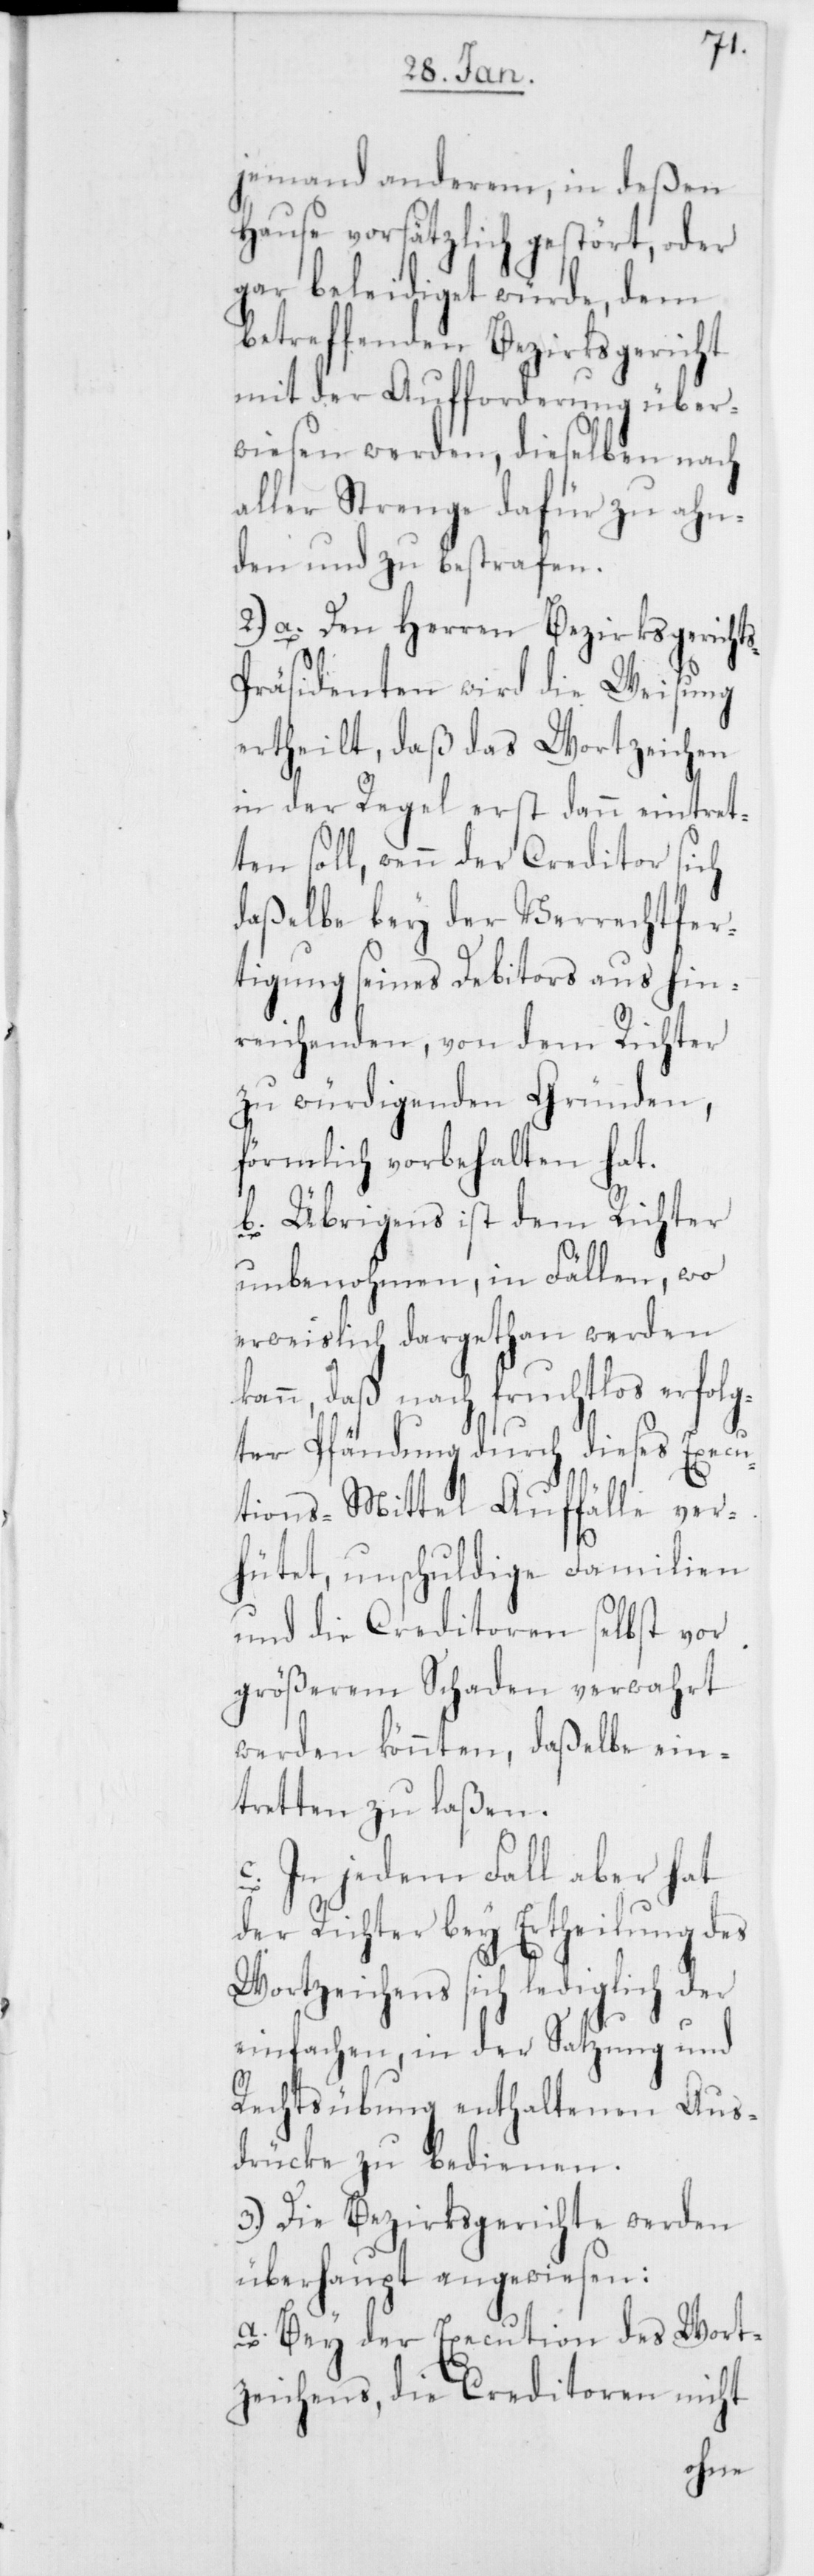
jemand anderem, in deßen
Hause vorsätzlich gestört, oder
gar beleidiget würde, dem
betreffenden Bezirksgericht
mit der Aufforderung über¬
wiesen werden, dieselben nach
aller Strenge dafür zu ahn¬
den und zu bestrafen.
2.) a. Den Herren Bezirksgericht¬
räsidenten wird die Weisung
ertheilt, daß das Wortzeichen
in der Regel erst dann eintret¬
ten soll, wenn der Creditor sich
daßelbe bey der Verrechtfer¬
tigung seines Debitors aus hin¬
reichenden, von dem Richter
zu würdigenden Gründen,
förmlich vorbehalten hat.
b. Übrigens ist dem Richter
unbenohmen, in Fällen, wo
erweislich dargethan werden
kann, daß nach fruchtlos erfolg¬
ter Pfändung durch dieses Execu¬
tions-Mittel Auffälle ver¬
hütet, unschuldige Familien
und die Creditoren selbst vor
größerem Schaden verwahrt
werden könnten, daßelbe ein¬
tretten zu laßen.
c. In jedem Fall aber hat
der Richter bey Ertheilung des
Wortzeichens sich lediglich der
einfachen, in der Satzung und
Rechtsübung enthaltenen Aus¬
drücke zu bedienen.
3.) Die Bezirksgerichte werden
überhaupt angewiesen:
a. Bey der Execution des Wort¬
zeichens, die Creditoren nicht
s-P¬